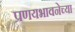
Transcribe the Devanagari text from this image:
प्रणयभावनेच्या